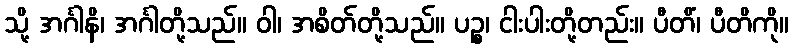
သို့ အင်္ဂါနိ၊ အင်္ဂါတို့သည်။ ဝါ၊ အစိတ်တို့သည်။ ပဉ္စ၊ ငါးပါးတို့တည်း။ ပီတိံ၊ ပီတိကို။